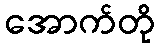
အောက်တို